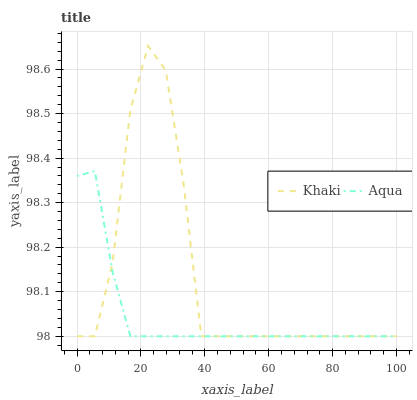
| xaxis_label | Khaki | Aqua |
 | --- | --- | --- |
 | 0 | 98 | 98.4 |
 | 5.56 | 98 | 98.4 |
 | 11.1 | 98.2 | 98.1 |
 | 16.7 | 98.5 | 98 |
 | 22.2 | 98.7 | 98 |
 | 27.8 | 98.6 | 98 |
 | 33.3 | 98.3 | 98 |
 | 38.9 | 98 | 98 |
 | 44.4 | 98 | 98 |
 | 50 | 98 | 98 |
 | 55.6 | 98 | 98 |
 | 61.1 | 98 | 98 |
 | 66.7 | 98 | 98 |
 | 72.2 | 98 | 98 |
 | 77.8 | 98 | 98 |
 | 83.3 | 98 | 98 |
 | 88.9 | 98 | 98 |
 | 94.4 | 98 | 98 |
 | 100 | 98 | 98 |